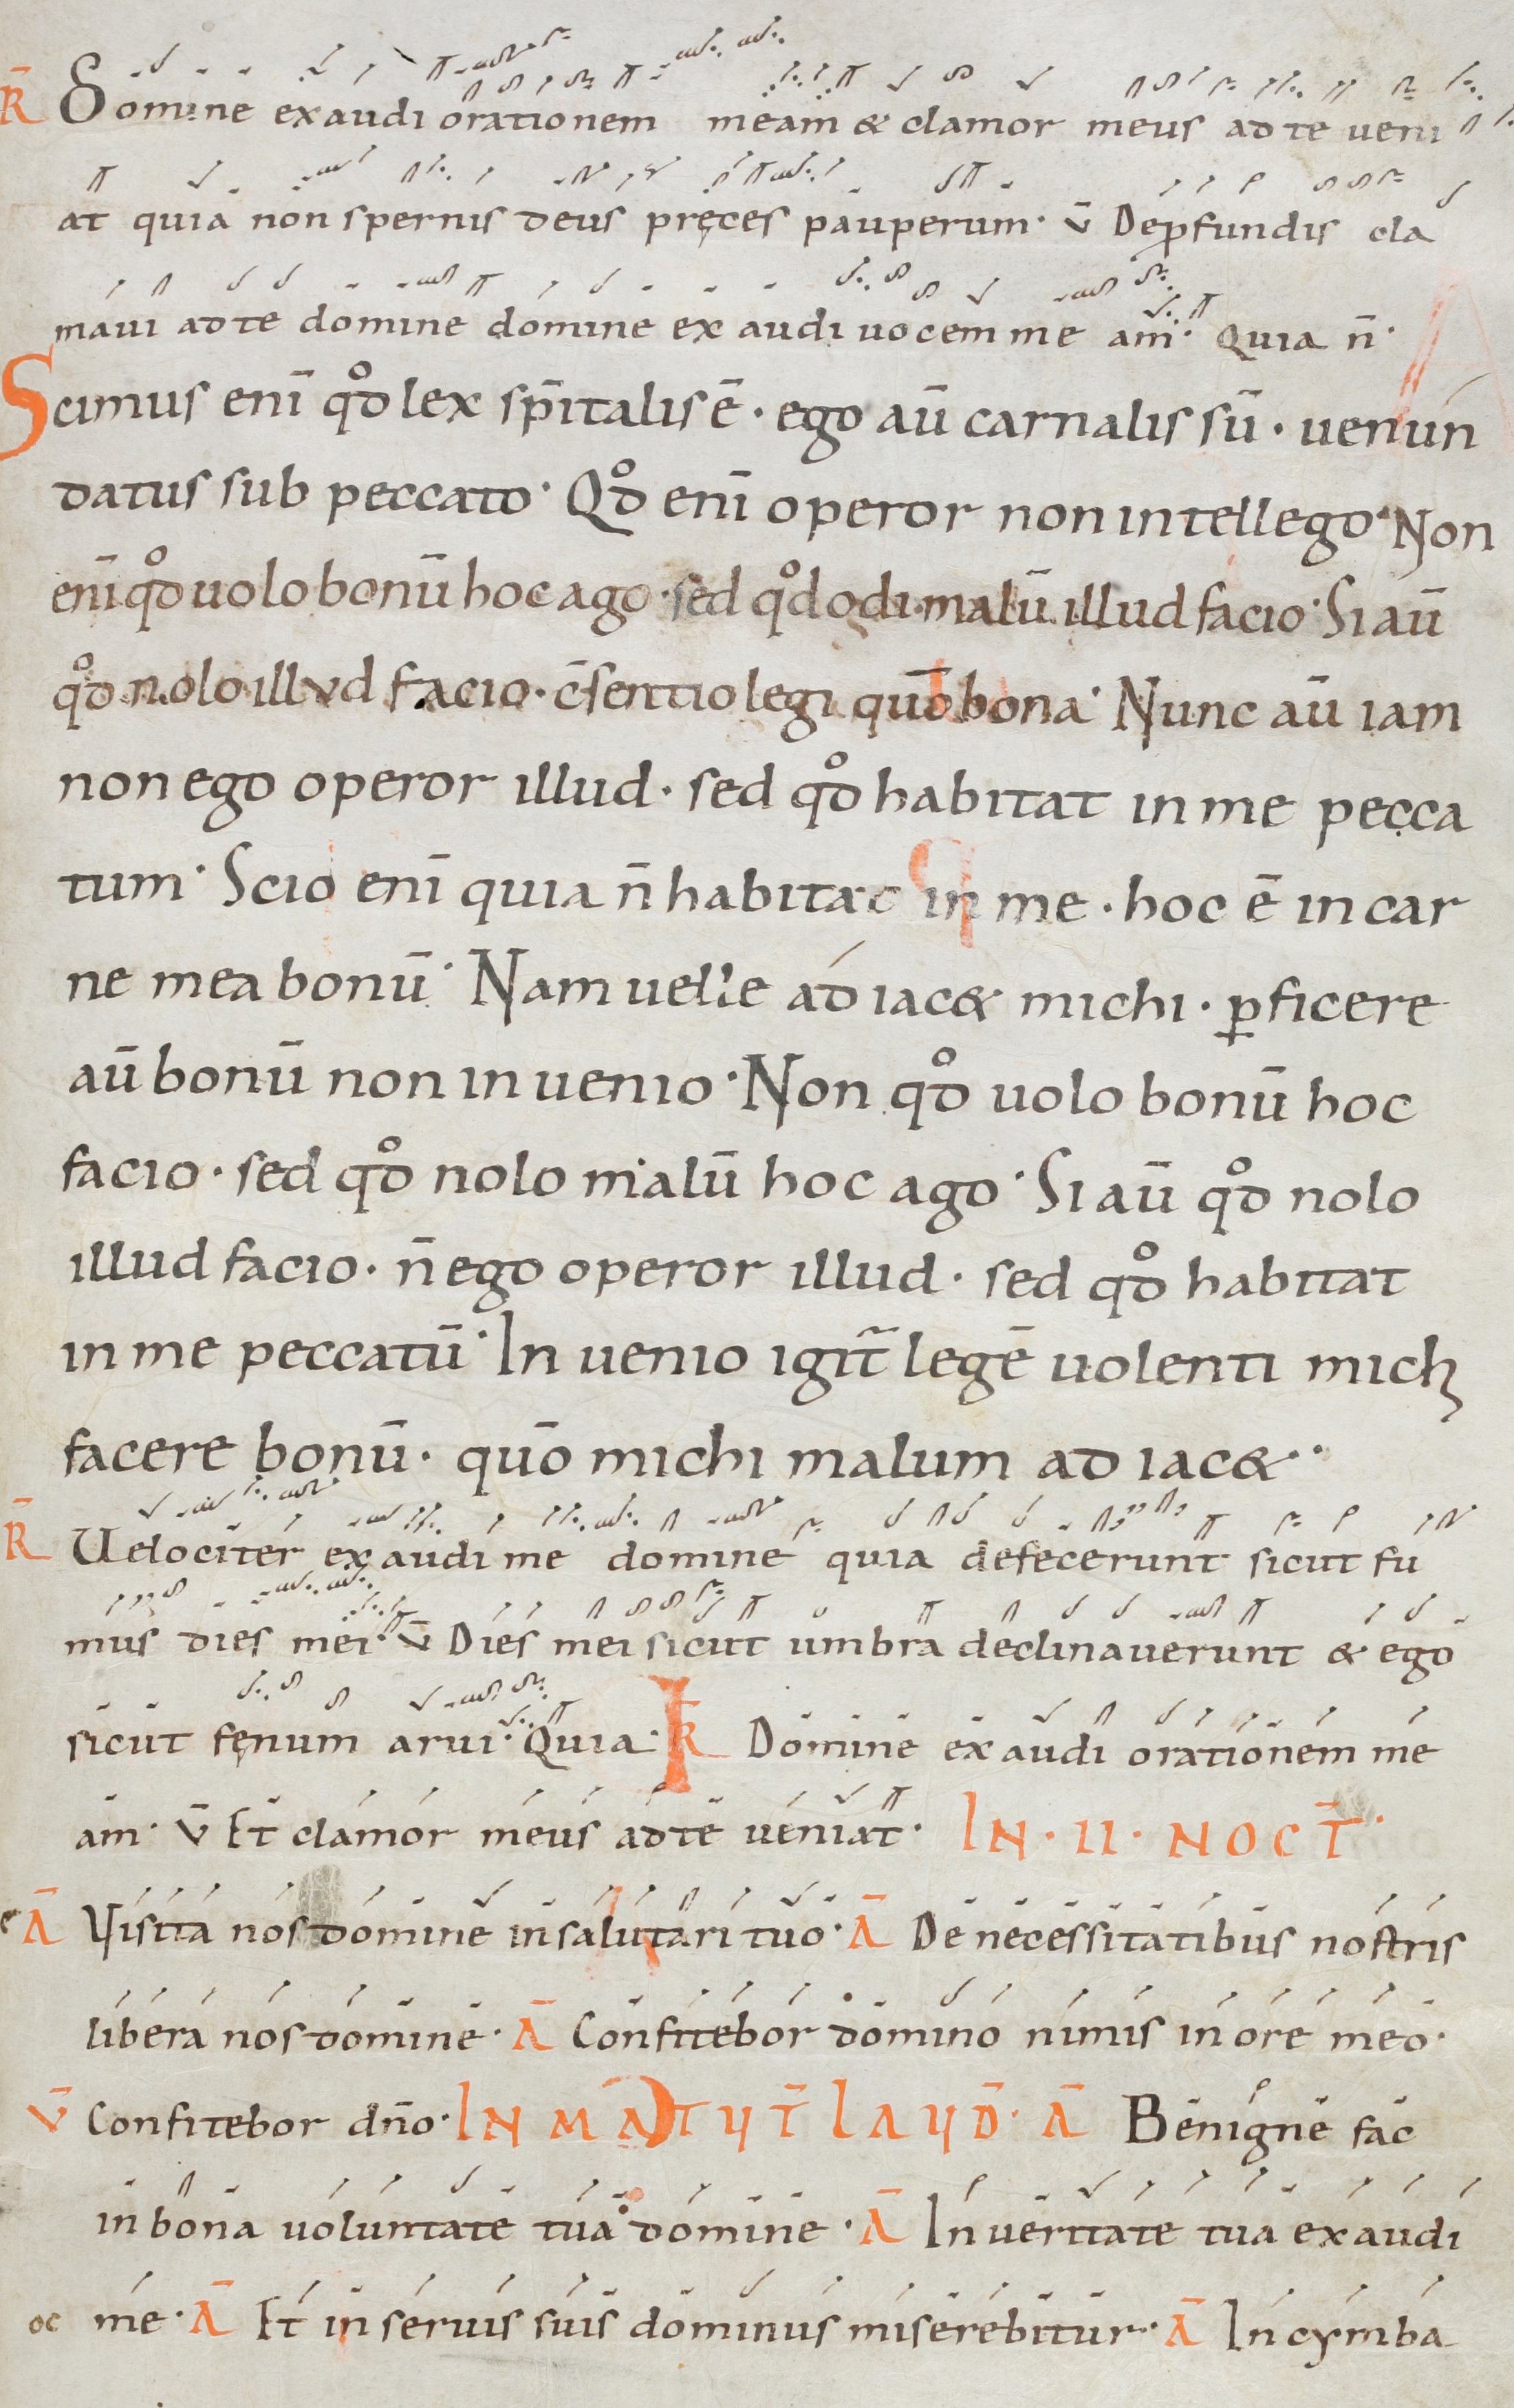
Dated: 1000–1099